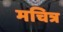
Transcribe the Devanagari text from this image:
मचित्र